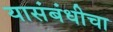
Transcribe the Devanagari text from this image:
यासंबंधीचा